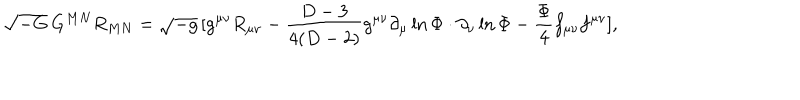
LaTeX: \sqrt { - G } \, G ^ { M N } R _ { M N } = \sqrt { - g } \, [ g ^ { \mu \nu } R _ { \mu \nu } - \frac { D - 3 } { 4 ( D - 2 ) } g ^ { \mu \nu } \partial _ { \mu } \ln \Phi \cdot \partial _ { \nu } \ln \Phi - \frac { \Phi } { 4 } f _ { \mu \nu } f ^ { \mu \nu } ] ,